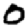
Digit: 0